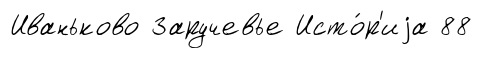
Иваньково Заручевье Исто́р'иjа 88